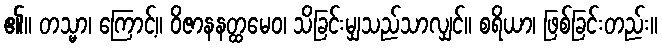
၏။ တသ္မာ၊ ကြောင့်။ ဝိဇာနနတ္ထမေဝ၊ သိခြင်းမျှသည်သာလျှင်။ စရိယာ၊ ဖြစ်ခြင်းတည်း။